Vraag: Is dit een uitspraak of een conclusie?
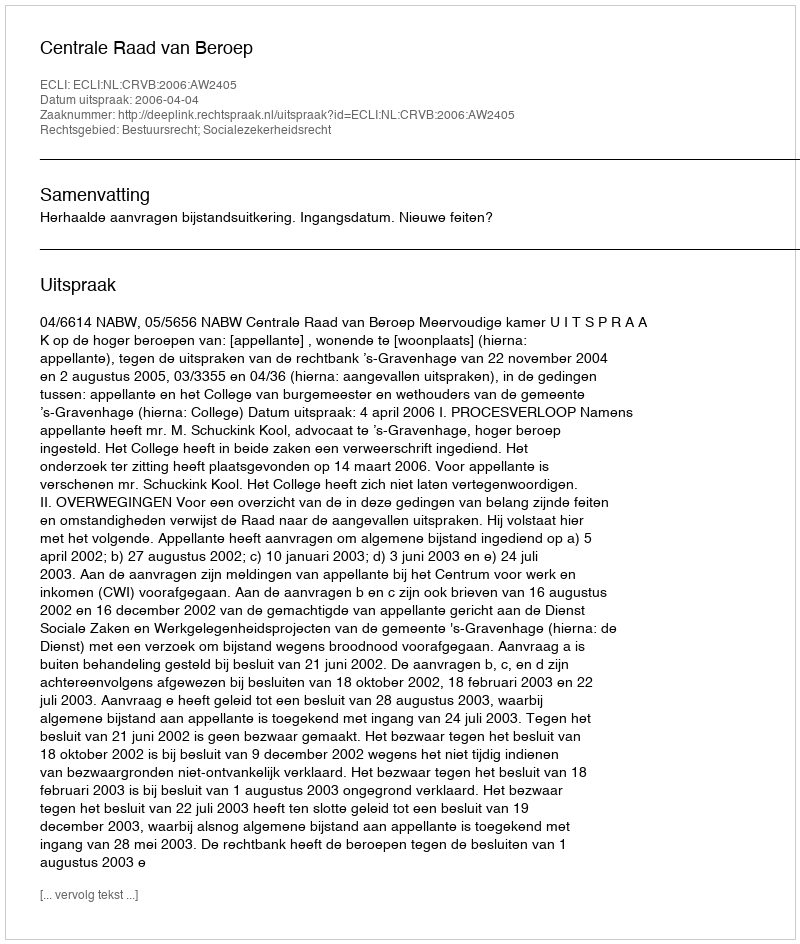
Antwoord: Uitspraak